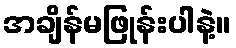
အချိန်မဖြုန်းပါနဲ့။